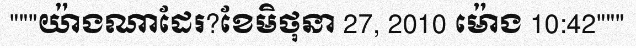
"""យ៉ាងណាដែរ?ខែមិថុនា 27, 2010 ម៉ោង 10:42"""